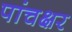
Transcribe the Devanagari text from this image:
पांचक्षर